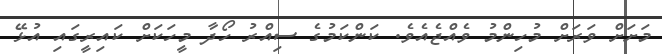
މަށަށް ވަރަށް މުހިންމު ވެއްޖެއެވެ. ކަންކަމުގެ ސިއްރު ހޯދާ މީހަކަށް ކައިރީގައި އުޅޭ